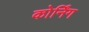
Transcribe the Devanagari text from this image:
कोर्निंग